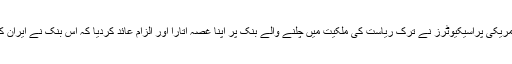
نیویارک میں امریکی پراسیکیوٹرز نے ترک ریاست کی ملکیت میں چلنے والے بنک پر اپنا غصہ اتارا اور الزام عائد کردیا کہ اس بنک نے ایران کی مدد کی ہے۔